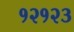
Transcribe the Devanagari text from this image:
१२१२३